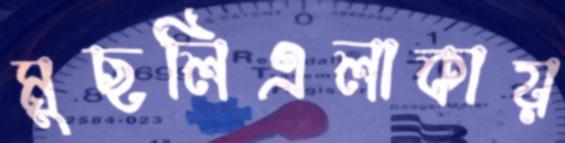
মুছলিএলাকায়